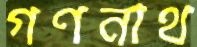
গণনাথ